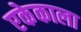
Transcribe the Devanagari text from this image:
एकेकाला